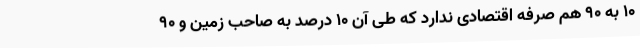
10 به 90 هم صرفه اقتصادی ندارد که طی آن 10 درصد به صاحب زمین و 90